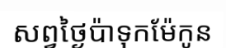
សព្វថ្ងៃប៉ាទុកម៉ែកូន